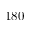
1 8 0